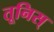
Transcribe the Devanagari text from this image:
तूनिस्